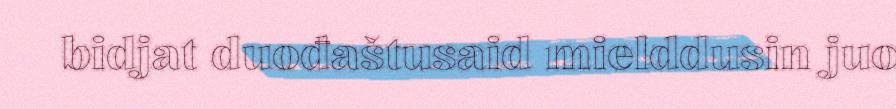
bidjat duođaštusaid mielddusin juo